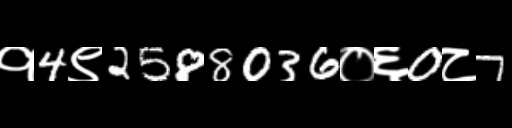
Text: १4९2588036०६0८7